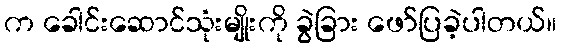
က ခေါင်းဆောင်သုံးမျိုးကို ခွဲခြား ဖော်ပြခဲ့ပါတယ်။